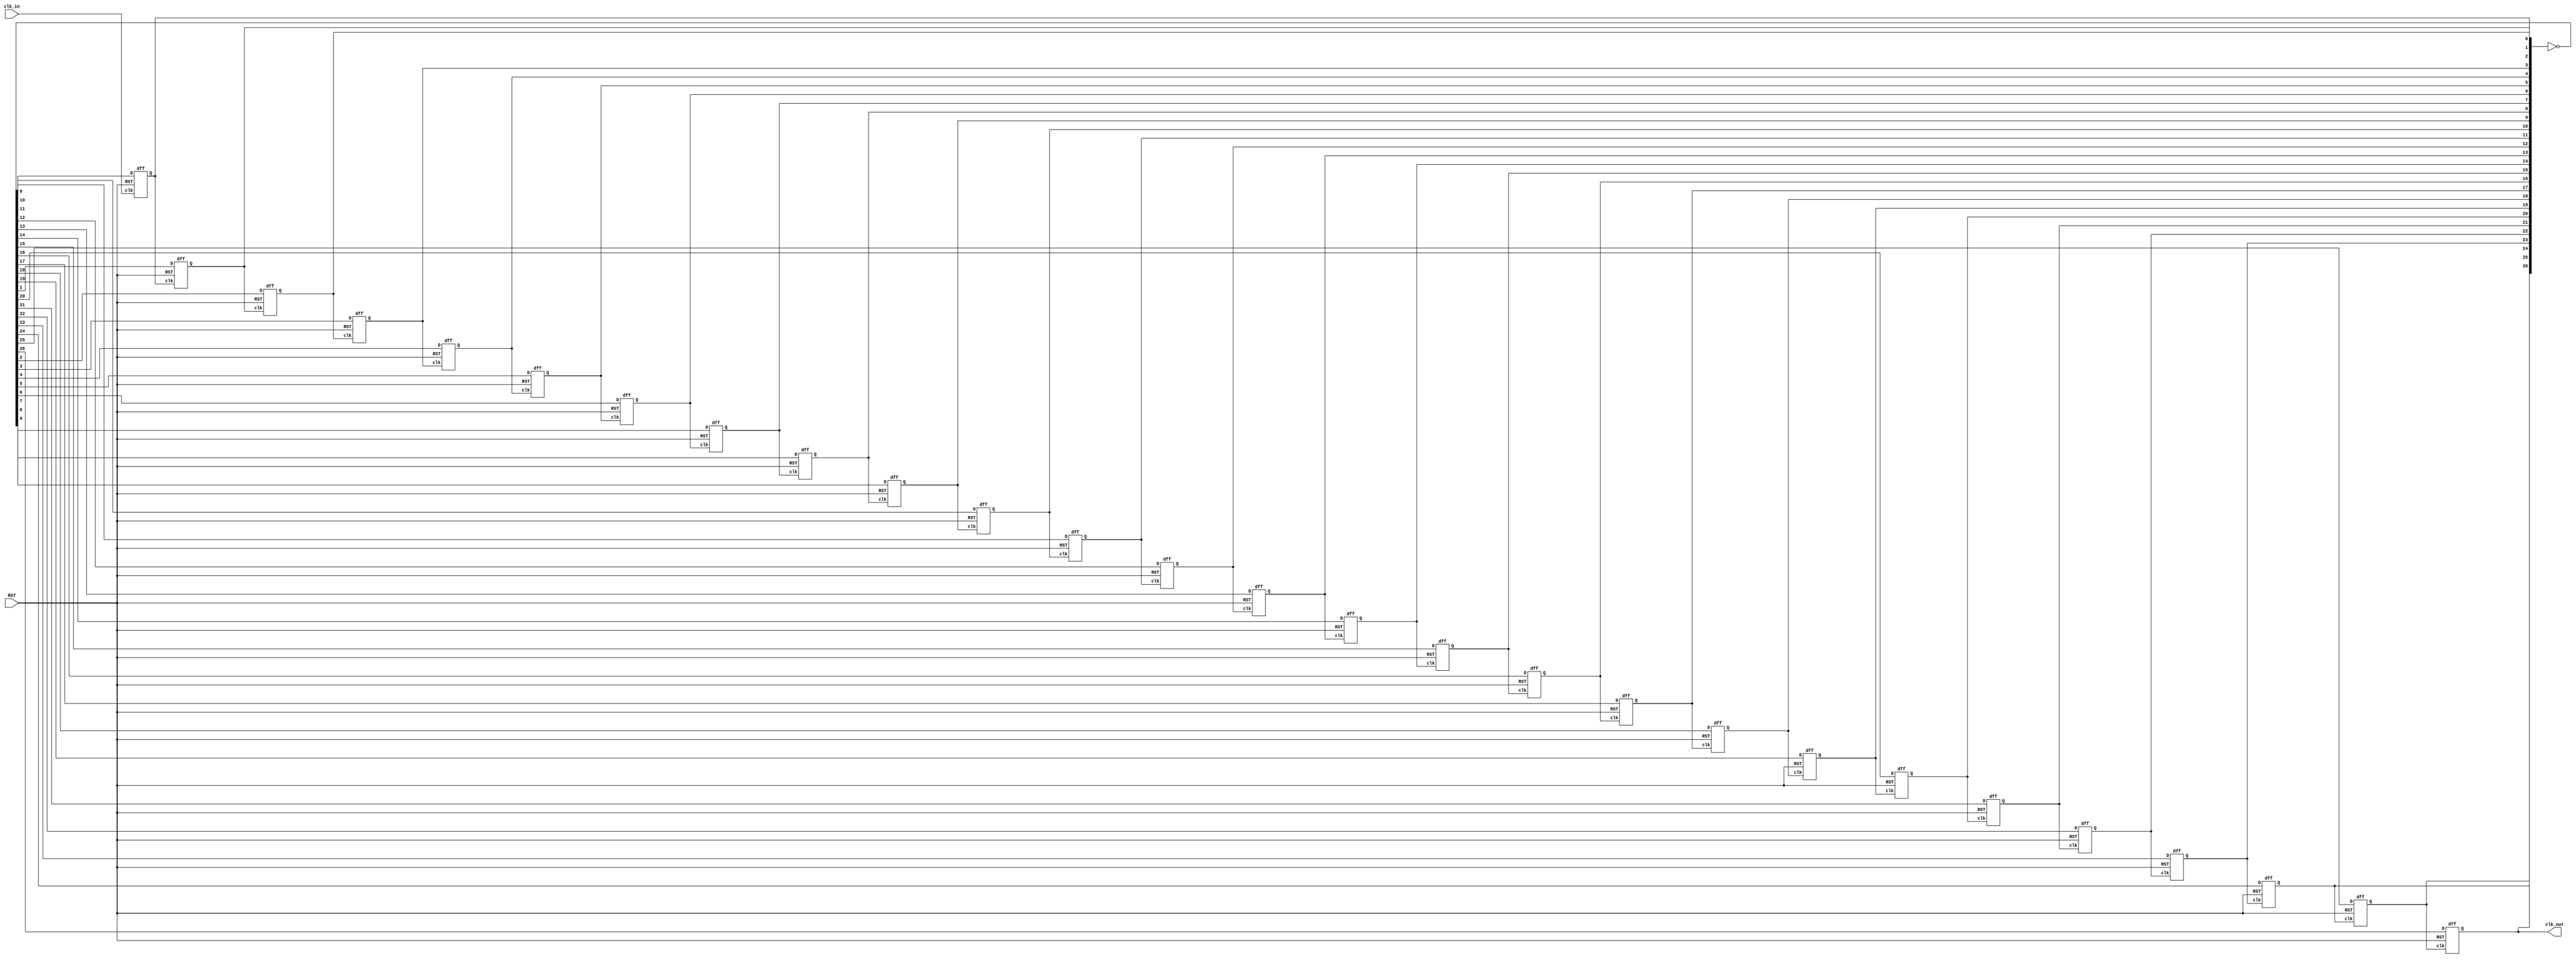
/*
 * divider.v: Simple clock divider based on D-flipflops.
 * year: 2019
 * organization: Universitt Leipzig
 * license: ISC
 *
 */

`timescale 1 ns / 1 ps

module divider_synth #(
	parameter FF_NUM = 27) (
	input clk_in,
	input RST,

	output clk_out);

	wire [(FF_NUM - 1):0] D_in;
	wire [(FF_NUM - 1):0] clk_div;
	
	dff dff_0 (
		.clk(clk_in),
		.RST(RST),
		.D(D_in[0]),
		.Q(clk_div[0]));

	genvar i;
	generate
	for (i = 1; i < FF_NUM; i = i + 1) 
		begin : dff_gen_label
		dff dff_inst (
			.clk(clk_div[i-1]),
			.RST(RST),
			.D(D_in[i]),
			.Q(clk_div[i]));
		end
	endgenerate
	
	assign D_in = ~clk_div;
	assign clk_out = clk_div[(FF_NUM - 1)];

endmodule


module dff (
	input D,
	input clk,
	input RST,
	output reg Q);
	
	always @ (posedge clk or posedge RST) begin
		if (RST == 1) begin
			Q <= 1'b0;
		end else begin
			Q <= D;
		end
	end
endmodule